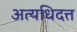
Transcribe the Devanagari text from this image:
अत्यधिदत्त